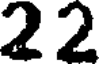
22